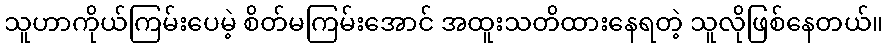
သူဟာကိုယ်ကြမ်းပေမဲ့ စိတ်မကြမ်းအောင် အထူးသတိထားနေရတဲ့ သူလိုဖြစ်နေတယ်။